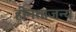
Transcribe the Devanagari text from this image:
हीनताजन्य